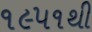
૧૯૫૧થી